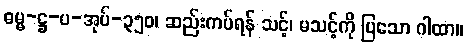
ဓမ္မ-ဋ္ဌ-ပ-အုပ်-၃၅၀၊ ဆည်းကပ်ရန် သင့်၊ မသင့်ကို ပြသော ဂါထာ။